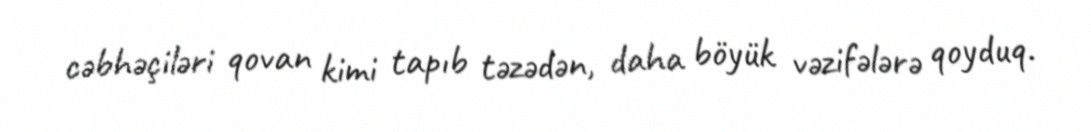
cəbhəçiləri qovan kimi tapıb təzədən, daha böyük vəzifələrə qoyduq.